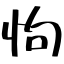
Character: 怐